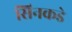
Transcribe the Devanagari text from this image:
सिनकडे